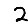
Digit: 2